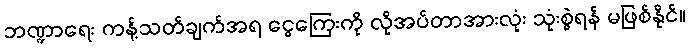
ဘဏ္ဍာရေး ကန့်သတ်ချက်အရ ငွေကြေးကို လိုအပ်တာအားလုံး သုံးစွဲရန် မဖြစ်နိုင်။